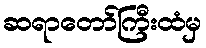
ဆရာတော်ကြီးထံမှ